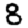
Digit: 8